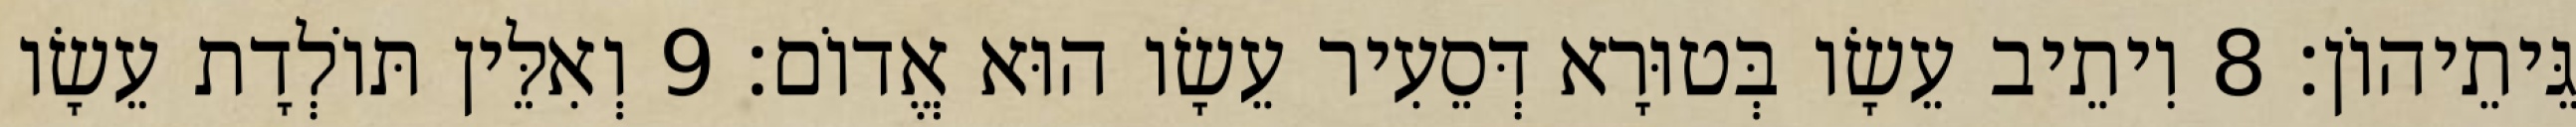
גֵּיתֵיהוֹן׃ 8 וִיתֵיב עֵשָׂו בְּטוּרָא דְּסֵעִיר עֵשָׂו הוּא אֱדוֹם׃ 9 וְאִלֵּין תּוֹלְדָת עֵשָׂו